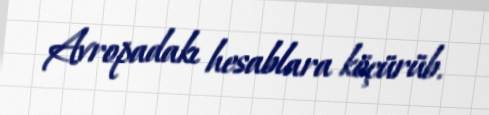
Avropadakı hesablara köçürüb.